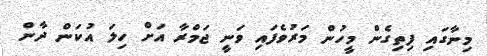
މިނާގައި ފިތިގެން މީހުން މަރުވެފައި ވަނީ ޖަމްރާ އަށް ހިލަ އުކަން ދާން